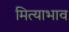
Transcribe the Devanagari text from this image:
मित्याभाव